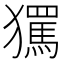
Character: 𭸱